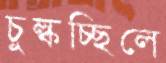
চুল্‌কচ্ছিলে